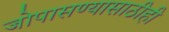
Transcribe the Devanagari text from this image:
जोपासण्यासाठीही